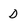
Character: D